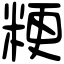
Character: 粳